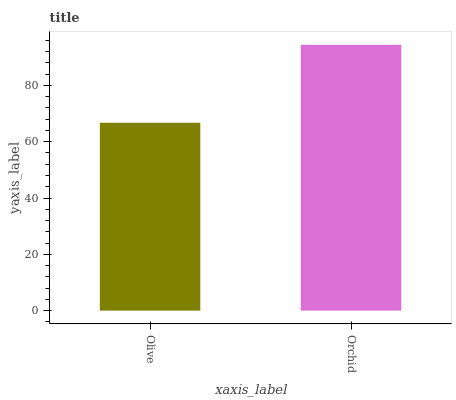
| xaxis_label | bars |
 | --- | --- |
 | Olive | 66.7 |
 | Orchid | 94.4 |